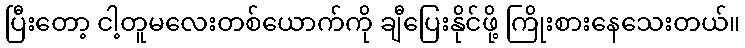
ပြီးတော့ ငါ့တူမလေးတစ်ယောက်ကို ချီပြေးနိုင်ဖို့ ကြိုးစားနေသေးတယ်။